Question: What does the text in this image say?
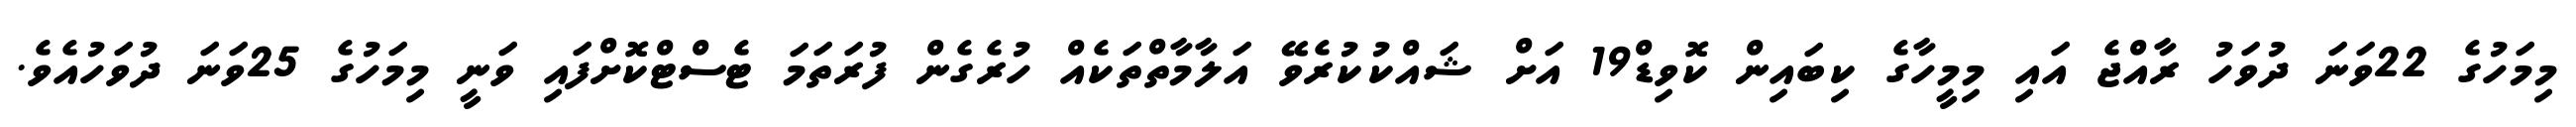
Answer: މިމަހުގެ 22ވަނަ ދުވަހު ރާއްޖެ އައި މިމީހާގެ ކިބައިން ކޮވިޑް19 އަށް ޝައްކުކުރެވޭ އަލާމާތްތަކެއް ހުރެގެން ފުރަތަމަ ޓެސްޓްކޮށްފައި ވަނީ މިމަހުގެ 25ވަނަ ދުވަހުއެވެ.